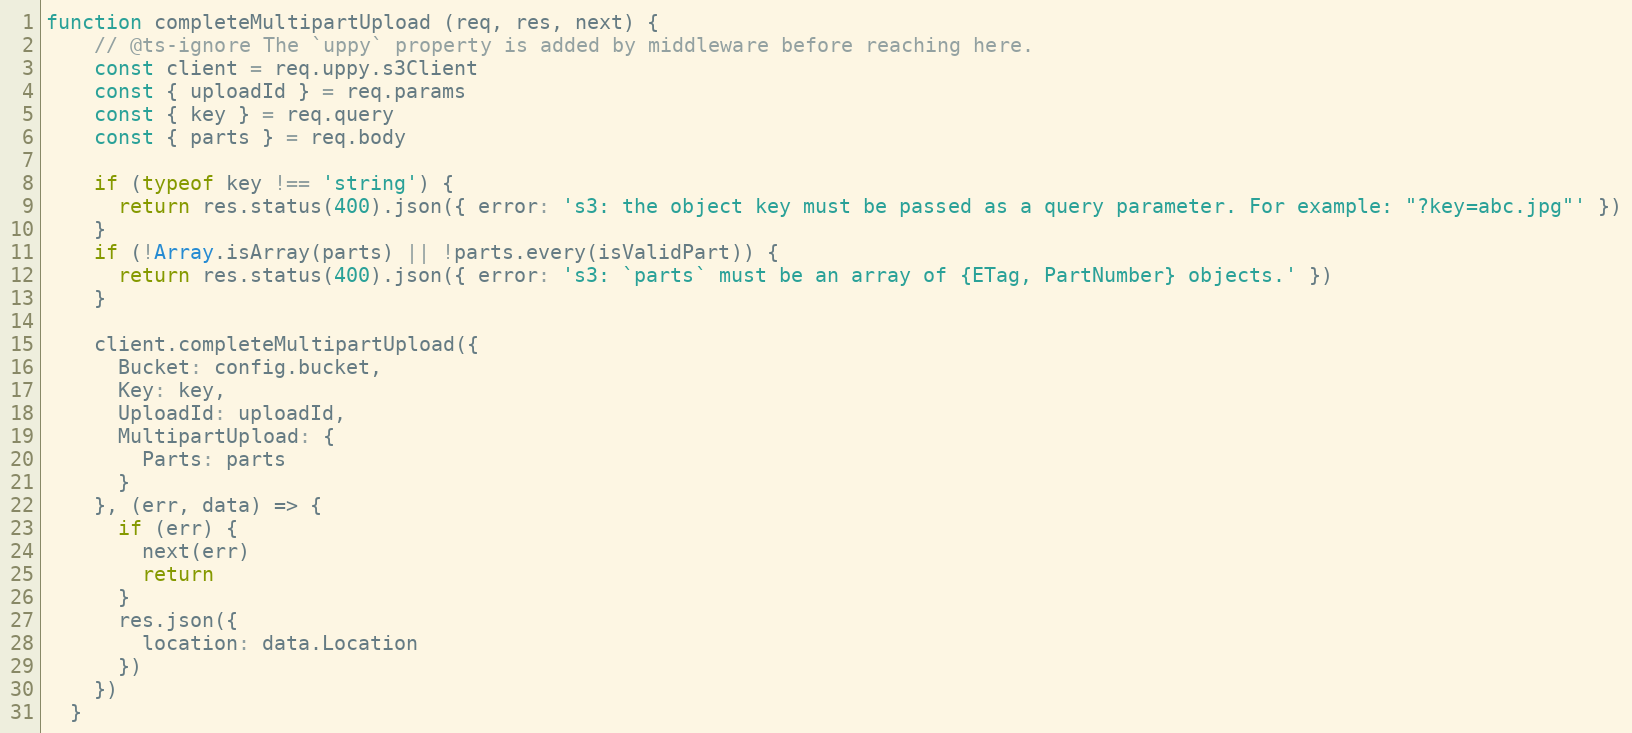
Language: JavaScript
function completeMultipartUpload (req, res, next) {
    // @ts-ignore The `uppy` property is added by middleware before reaching here.
    const client = req.uppy.s3Client
    const { uploadId } = req.params
    const { key } = req.query
    const { parts } = req.body

    if (typeof key !== 'string') {
      return res.status(400).json({ error: 's3: the object key must be passed as a query parameter. For example: "?key=abc.jpg"' })
    }
    if (!Array.isArray(parts) || !parts.every(isValidPart)) {
      return res.status(400).json({ error: 's3: `parts` must be an array of {ETag, PartNumber} objects.' })
    }

    client.completeMultipartUpload({
      Bucket: config.bucket,
      Key: key,
      UploadId: uploadId,
      MultipartUpload: {
        Parts: parts
      }
    }, (err, data) => {
      if (err) {
        next(err)
        return
      }
      res.json({
        location: data.Location
      })
    })
  }